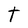
Character: t